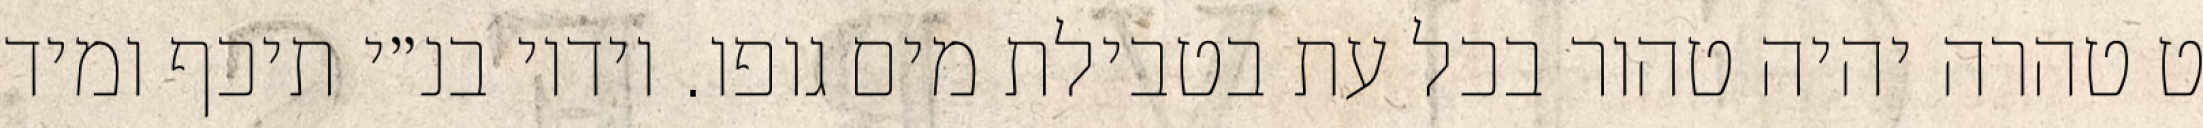
ט טהרה יהיה טהור בכל עת בטבילת מים גופו. וידיו בנ״י תיכף ומיד